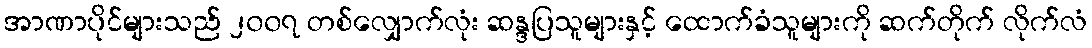
အာဏာပိုင်များသည် ၂၀၀၇ တစ်လျှောက်လုံး ဆန္ဒပြသူများနှင့် ထောက်ခံသူများကို ဆက်တိုက် လိုက်လံ